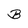
Character: B